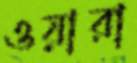
ওয়ারা